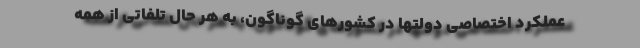
عملکرد اختصاصی دولتها در کشورهای گوناگون، به هر حال تلفاتی از همه